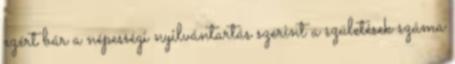
ezért bár a népességi nyilvántartás szerint a születések száma